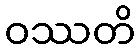
ဝဿတိ